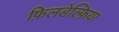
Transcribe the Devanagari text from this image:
फ़िलडेल्फ़िया